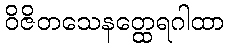
ဝိဇိတသေနတ္ထေရဂါထာ